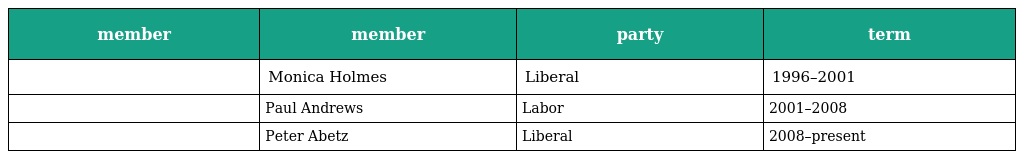
| member | member | party | term |
 | --- | --- | --- | --- |
 |  | Monica Holmes | Liberal | 1996–2001 |
 |  | Paul Andrews | Labor | 2001–2008 |
 |  | Peter Abetz | Liberal | 2008–present |